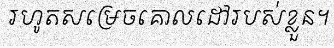
រហូតសម្រេចគោលដៅរបស់ខ្លួន។